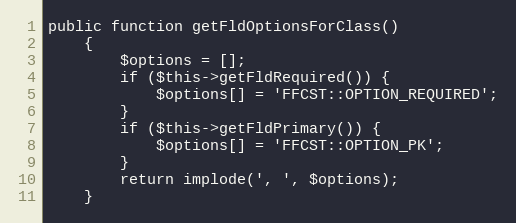
Language: PHP
public function getFldOptionsForClass()
    {
        $options = [];
        if ($this->getFldRequired()) {
            $options[] = 'FFCST::OPTION_REQUIRED';
        }
        if ($this->getFldPrimary()) {
            $options[] = 'FFCST::OPTION_PK';
        }
        return implode(', ', $options);
    }